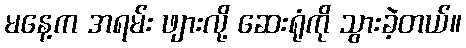
မနေ့က အရမ်း ဖျားလို့ ဆေးရုံကို သွားခဲ့တယ်။